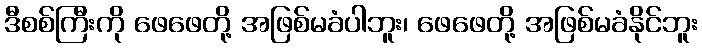
ဒီစစ်ကြီးကို ဖေဖေတို့ အဖြစ်မခံပါဘူး၊ ဖေဖေတို့ အဖြစ်မခံနိုင်ဘူး